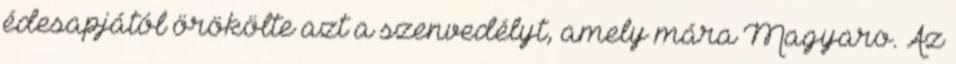
édesapjától örökölte azt a szenvedélyt, amely mára Magyaro. Az